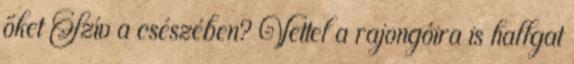
őket Szív a csészében? Vettel a rajongóira is hallgat